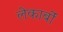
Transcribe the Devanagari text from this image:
लेकार्बों